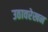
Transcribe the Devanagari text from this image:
उठावरेखन